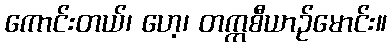
ကောင်းတယ်၊ ဟေ့၊ တက္ကစီယာဉ်မောင်း။